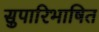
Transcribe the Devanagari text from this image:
सुपारिभाषित